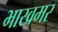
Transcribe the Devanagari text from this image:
भाखमर